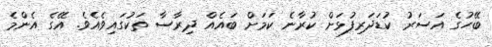
ބޭހުގެ އަސަރު ކުޑަދަރިފުޅަށް ކުރާނެ ކަމަށް ބައެއް ދިރާސާ ތަކުގައިވެއެވެ. އޭގެ އެންމެ